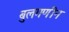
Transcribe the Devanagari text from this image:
बुलगणीन